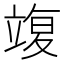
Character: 𥪚